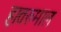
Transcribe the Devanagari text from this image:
हातरुमाल